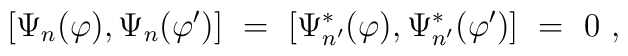
[\Psi_n(\varphi ),\Psi_n(\varphi' )]\ =\ [\Psi^*_{n'}(\varphi ),\Psi^*_{n'} (\varphi' )]\ =\ 0\ ,